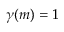
\gamma ( m ) = 1